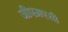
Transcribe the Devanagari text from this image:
जीएमएसी